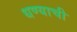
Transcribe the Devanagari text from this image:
धण्याची